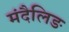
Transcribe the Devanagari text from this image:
मंदैलिङ